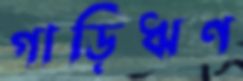
গাড়িঋণ